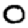
Digit: 0